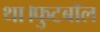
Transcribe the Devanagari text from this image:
था।फुटबॉल